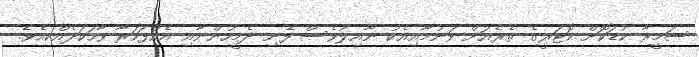
ސަމީރާ ކުޑަކޮށް ކޮޓަރީގެ ތެރެއަށް ވަނުމާއިއެކު ނާއިލުވެސް ފެނި ދެމީހުންނާއި އެއްފަހަރާ ވާހަކަދެއްކިއެވެ.